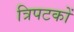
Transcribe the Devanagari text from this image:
त्रिपटकों